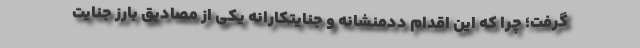
گرفت؛ چرا که این اقدام ددمنشانه و جنایتکارانه یکی از مصادیق بارز جنایت